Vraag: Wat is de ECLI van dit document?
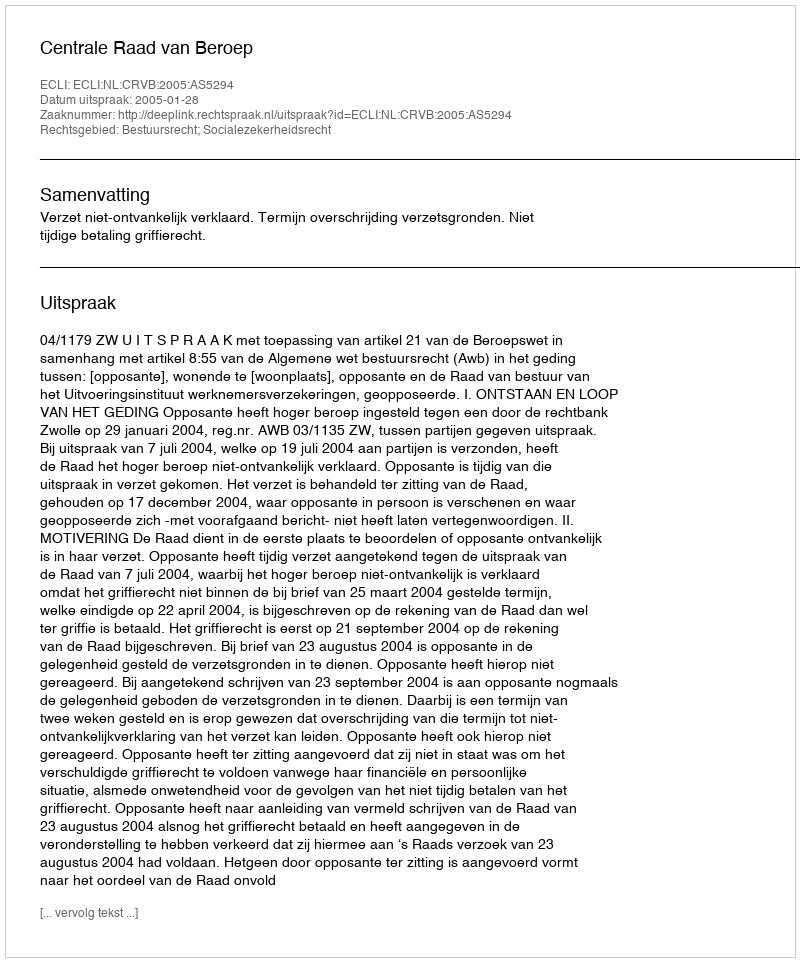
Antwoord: ECLI:NL:CRVB:2005:AS5294